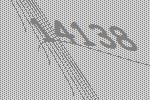
14138